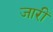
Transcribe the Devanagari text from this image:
जारीं